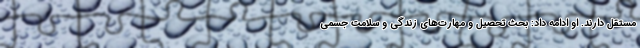
مستقل دارند. او ادامه داد: بحث تحصیل و مهارت‌های زندگی و سلامت جسمی